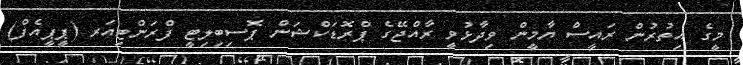
މީގެ އިތުރުން ރައީސް ޔާމީން ވިދާޅުވީ ރާއްޖޭގެ ޕްރޮޑަކްޝަން ޕޮސިބިލިޓީ ފްރަންޓިއަރ (ޕީޕީއެފް)